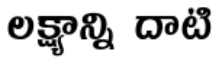
లక్ష్యాన్ని దాటి